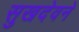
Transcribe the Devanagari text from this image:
सुखदेवने